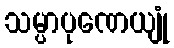
သမ္ပာပုဏေယျုံ